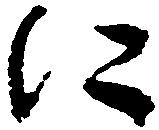
に